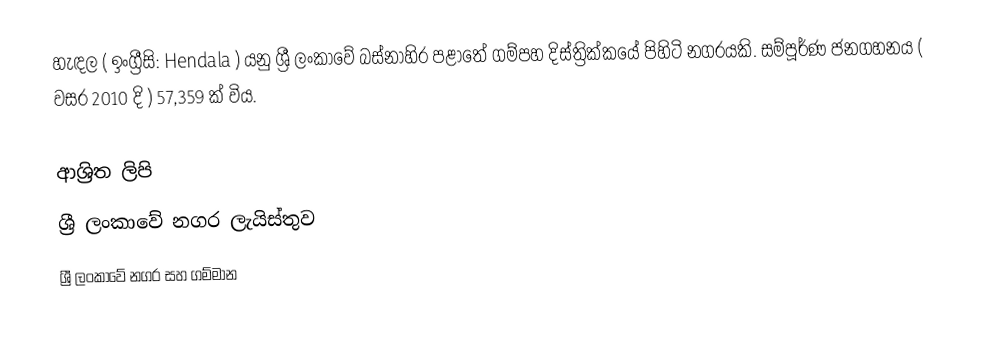
හැඳල ( ඉංග්‍රීසි: Hendala ) යනු ශ්‍රී ලංකාවේ බස්නාහිර පළාතේ ගම්පහ දිස්ත්‍රික්කයේ පිහිටි නගරයකි. සම්පූර්ණ ජනගහනය ( වසර 2010 දි ) 57,359 ක් විය.

ආශ්‍රිත ලිපි
ශ්‍රී ලංකාවේ නගර ලැයිස්තුව
ශ්‍රී ලංකාවේ නගර සහ ගම්මාන